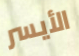
الأيسر